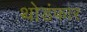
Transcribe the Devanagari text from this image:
थोडंफार